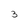
Character: 3